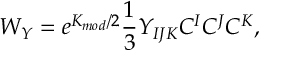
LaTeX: W _ { Y } = e ^ { K _ { m o d } / 2 } \frac { 1 } { 3 } Y _ { I J K } C ^ { I } C ^ { J } C ^ { K } ,